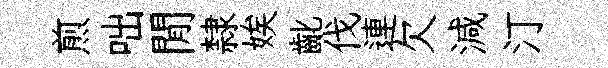
煎咄閒隸娭齔伐連欠減汀